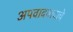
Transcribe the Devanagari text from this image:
अपवादवादाचे